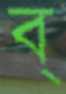
ব্